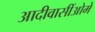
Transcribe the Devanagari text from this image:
आदीवासींओमे